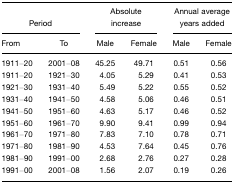
| <COLSPAN=2> Period | <COLSPAN=2> Absolute increase | <COLSPAN=2> Annual average years added |
 | From | To | Male | Female | Male | Female |
 | --- | --- | --- | --- | --- | --- |
 | 1911–20 | 2001–08 | 45.25 | 49.71 | 0.51 | 0.56 |
 | 1911–20 | 1921–30 | 4.05 | 5.29 | 0.41 | 0.53 |
 | 1921–30 | 1931–40 | 5.49 | 5.22 | 0.55 | 0.52 |
 | 1931–40 | 1941–50 | 4.58 | 5.06 | 0.46 | 0.51 |
 | 1941–50 | 1951–60 | 4.63 | 5.17 | 0.46 | 0.52 |
 | 1951–60 | 1961–70 | 9.90 | 9.41 | 0.99 | 0.94 |
 | 1961–70 | 1971–80 | 7.83 | 7.10 | 0.78 | 0.71 |
 | 1971–80 | 1981–90 | 4.53 | 7.64 | 0.45 | 0.76 |
 | 1981–90 | 1991–00 | 2.68 | 2.76 | 0.27 | 0.28 |
 | 1991–00 | 2001–08 | 1.56 | 2.07 | 0.19 | 0.26 |